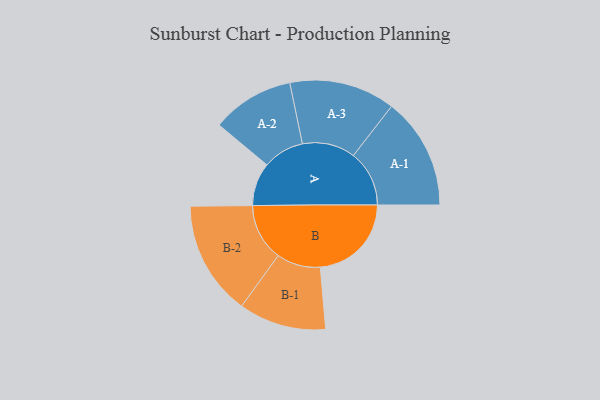
{"axis": {"x": "Segment", "y": "Value"}, "legend": ["", "A", "B"], "data": [{"x": "A", "y": 221, "type": ""}, {"x": "B", "y": 466, "type": ""}, {"x": "A-1", "y": 286, "type": "A"}, {"x": "A-2", "y": 211, "type": "A"}, {"x": "A-3", "y": 271, "type": "A"}, {"x": "B-1", "y": 224, "type": "B"}, {"x": "B-2", "y": 293, "type": "B"}]}